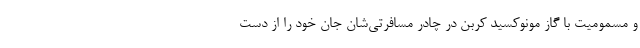
و مسمومیت با گاز مونوکسید کربن در چادر مسافرتی‌شان جان خود را از دست